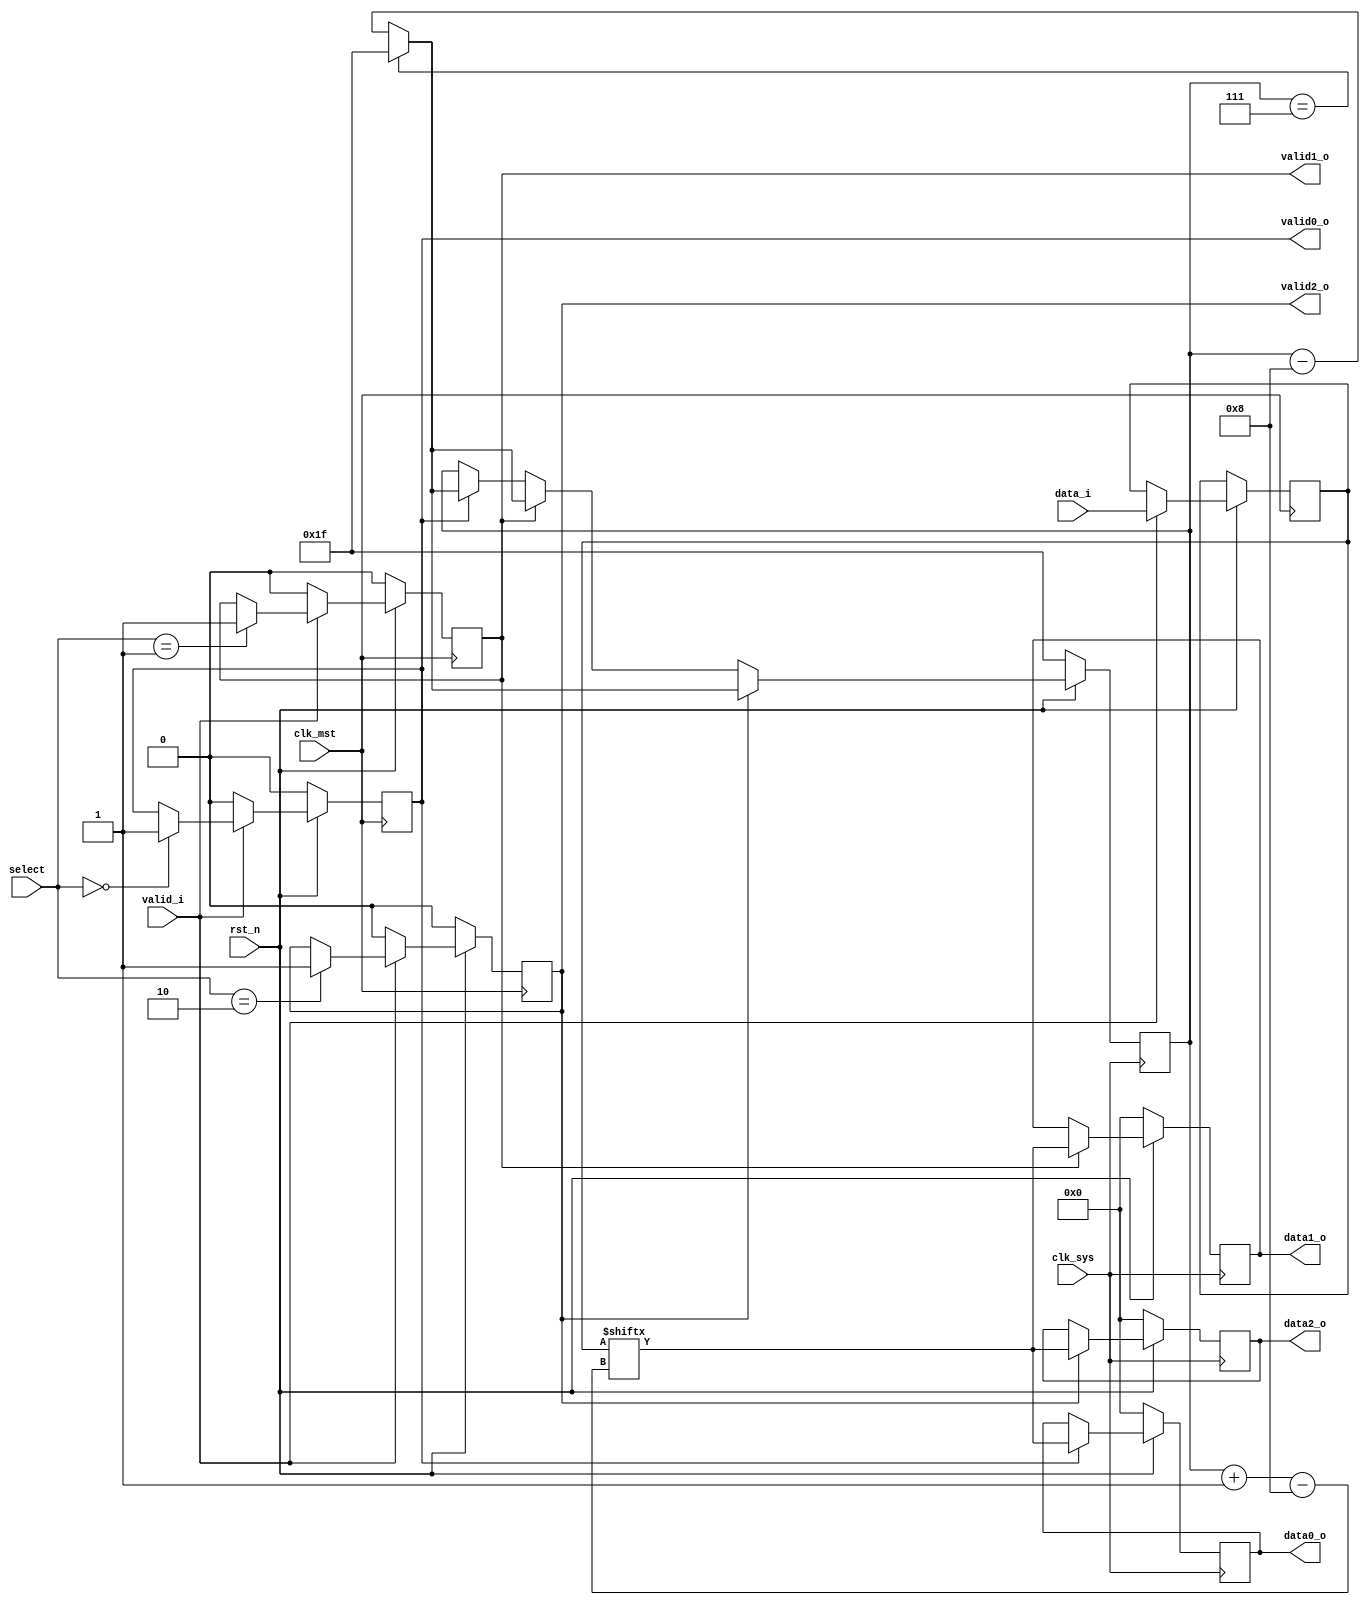
`timescale 1ns / 1ps
//////////////////////////////////////////////////////////////////////////////////
// Company: 
// Engineer: 
// 
// Design Name: 
// Module Name:    demux 
// Project Name: 
// Target Devices: 
// Tool versions: 
// Description: 
//
// Dependencies: 
//
// Revision: 
// Revision 0.01 - File Created
// Additional Comments: 
//
//////////////////////////////////////////////////////////////////////////////////

module demux #(
		parameter MST_DWIDTH = 32,
		parameter SYS_DWIDTH = 8
	)(
		// Clock and reset interface
		input clk_sys,
		input clk_mst,
		input rst_n,
		
		//Select interface
		input[1:0] select,
		
		// Input interface
		input [MST_DWIDTH -1  : 0]	 data_i,
		input 						 	 valid_i,
		
		//output interfaces
		output reg [SYS_DWIDTH - 1 : 0] 	data0_o,
		output reg     						valid0_o,
		
		output reg [SYS_DWIDTH - 1 : 0] 	data1_o,
		output reg     						valid1_o,
		
		output reg [SYS_DWIDTH - 1 : 0] 	data2_o,
		output reg     						valid2_o
    );

reg [31:0] a;
reg [6:0] h;
reg [6:0] b;
reg [1:0] c;
	
always @(posedge clk_mst) begin



	if(rst_n == 0) begin
							valid0_o <= 0;
							valid1_o <= 0;
							valid2_o <= 0;
						end
	 else begin 

				if(valid_i == 1) begin
											a <= data_i;
											
											if(select == 2'b00)  begin
																	   valid0_o <= 1;
																 end
																 
											if(select == 2'b01)  begin
																	   valid1_o <= 1;
																 end
																 
											if(select == 2'b10)  begin
																	   valid2_o <= 1;
																 end																	 
								end
					else 	begin
								 valid0_o <= 0;
								 valid1_o <= 0;
								 valid2_o <= 0;
							end

 			end
end

	
always @(posedge clk_sys) begin

	if(rst_n == 0) begin
							data0_o <= 0;
							data1_o <= 0;
							data2_o <= 0;
							h<=31;
							b<=0;
							c<= 0;
						end


	else begin
				if (valid_i == 1) begin	
										b<=b+1;
									end
				if (valid0_o == 1)  begin
													data0_o <=  a[ h -: 8 ];
													if(h==7) h<= 31;
														else h <= h-8;
												end
				
				if (valid1_o == 1)  begin
													data1_o <=  a[ h -: 8 ];
													if(h==7) h<= 31;
														else h <= h-8;
												end
			
				if ( valid2_o == 1)  begin
													data2_o <=  a[ h -: 8 ];
													if(h==7) h<= 31;
														else h <= h-8;
												end


		end

end
endmodule